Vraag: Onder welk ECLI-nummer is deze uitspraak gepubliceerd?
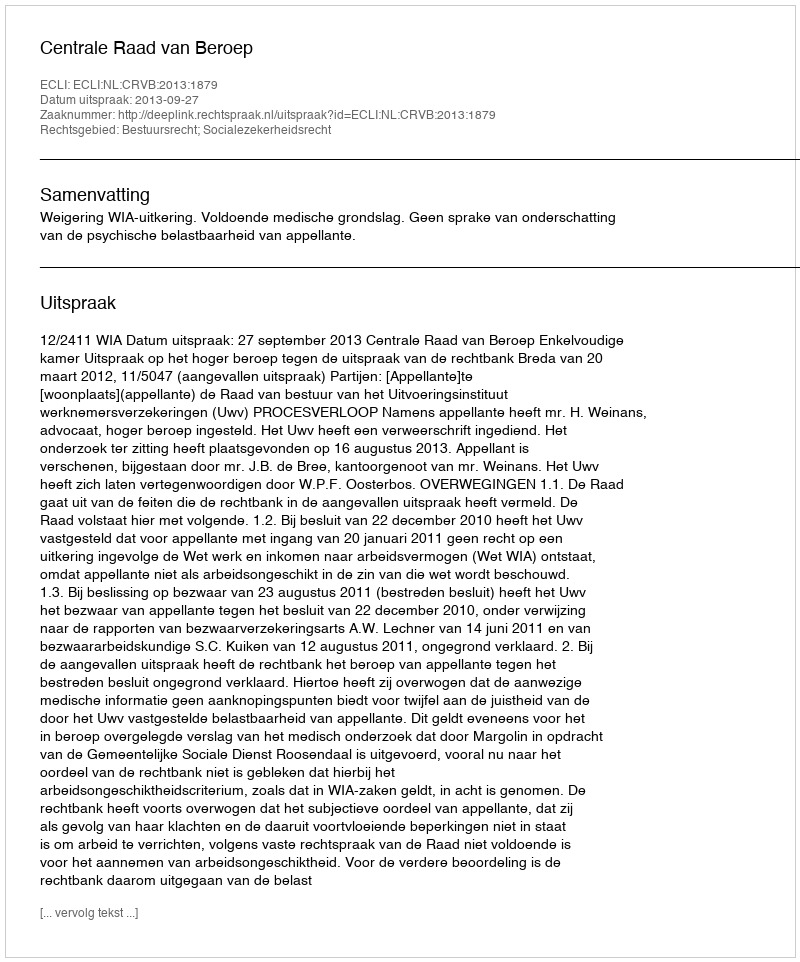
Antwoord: ECLI:NL:CRVB:2013:1879